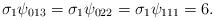
LaTeX: \begin{align*}\sigma_1 \psi_{013} = \sigma_1 \psi_{022} = \sigma_1 \psi_{111} = 6.\end{align*}